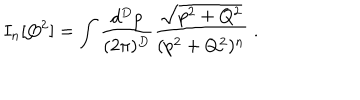
LaTeX: I _ { n } [ Q ^ { 2 } ] = \int { \frac { d ^ { D } p } { ( 2 \pi ) ^ { D } } } { \frac { \sqrt { p ^ { 2 } + Q ^ { 2 } } } { ( p ^ { 2 } + Q ^ { 2 } ) ^ { n } } } \; .